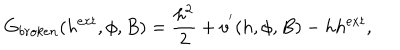
LaTeX: G _ { b r o k e n } ( h ^ { e x t } , \phi , B ) = \frac { h ^ { 2 } } { 2 } + v ^ { ' } ( h , \phi , B ) - h h ^ { e x t } ,